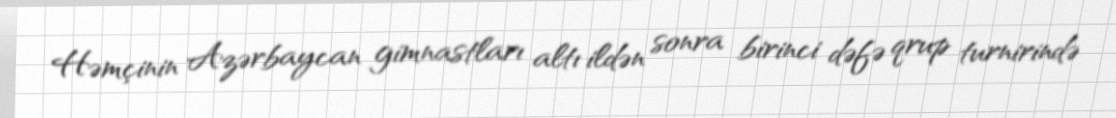
Həmçinin Azərbaycan gimnastları altı ildən sonra birinci dəfə qrup turnirində